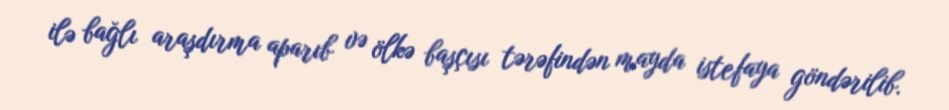
ilə bağlı araşdırma aparıb və ölkə başçısı tərəfindən mayda istefaya göndərilib.